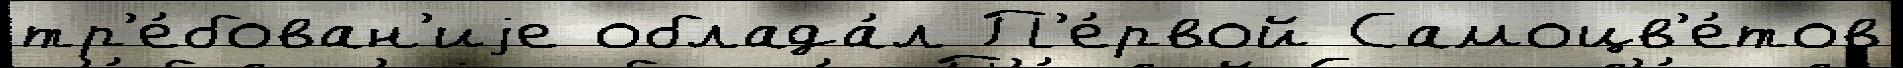
тр'е́бован'иjе облада́л П'е́рвой Самоцв'е́тов